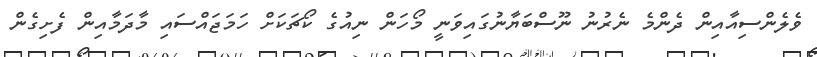
ވެލެންސިއާއިން ދެންމެ ނެރުނު ނޫސްބަޔާނުގައިވަނީ މޯހަން ނިއުގެ ކޯޗަކަށް ހަމަޖައްސައި މާދަމާއިން ފެށިގެން